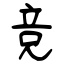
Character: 竞